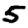
Digit: 5